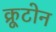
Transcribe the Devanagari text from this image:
क्रूटोन